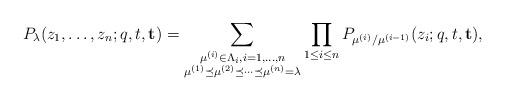
LaTeX: \begin{align*}P_\lambda (z_1,\ldots ,z_n; q ,t ,\mathbf{t})= \sum_{\substack{\mu^{(i)}\in\Lambda_{i}, i=1,\ldots ,n\\ \mu^{(1)}\preceq \mu^{(2)}\preceq \cdots \preceq \mu^{(n)}=\lambda}} \prod_{1\leq i\leq n} P_{\mu^{(i)}/\mu^{(i-1)}}(z_i; q ,t ,\mathbf{t}), \end{align*}